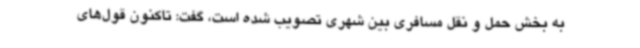
به بخش حمل و نقل مسافری بین شهری تصویب شده است، گفت: تاکنون قول‌های